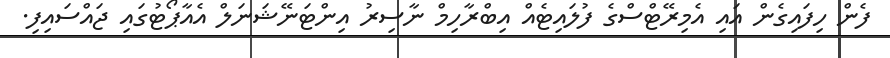
ފެން ހިފައިގެން އައި އެމިރޭޓްސްގެ ފުލައިޓެއް އިބްރާހިމް ނާސިރު އިންޓަނޭޝަނަލް އެއާޕޯޓުގައި ޖައްސައިފި.